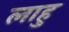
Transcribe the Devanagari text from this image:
लाहु